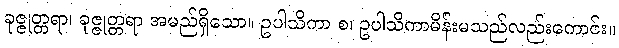
ခုဇ္ဇုတ္တရာ၊ ခုဇ္ဇုတ္တရာ အမည်ရှိသော။ ဥပါသိကာ စ၊ ဥပါသိကာမိန်းမသည်လည်းကောင်း။